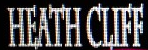
HEATH CLIFF